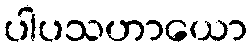
ပါပသဟာယော